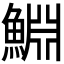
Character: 𬵞